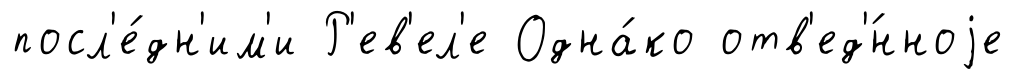
посл'е́дн'им'и Р'ев'ел'е Одна́ко отв'ед'́нноjе